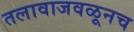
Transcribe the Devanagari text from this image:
तलावाजवळूनच